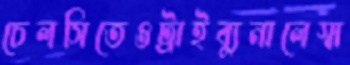
চেলসিতেওট্রাইব্যুনালেস্বা